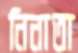
নিনাতা